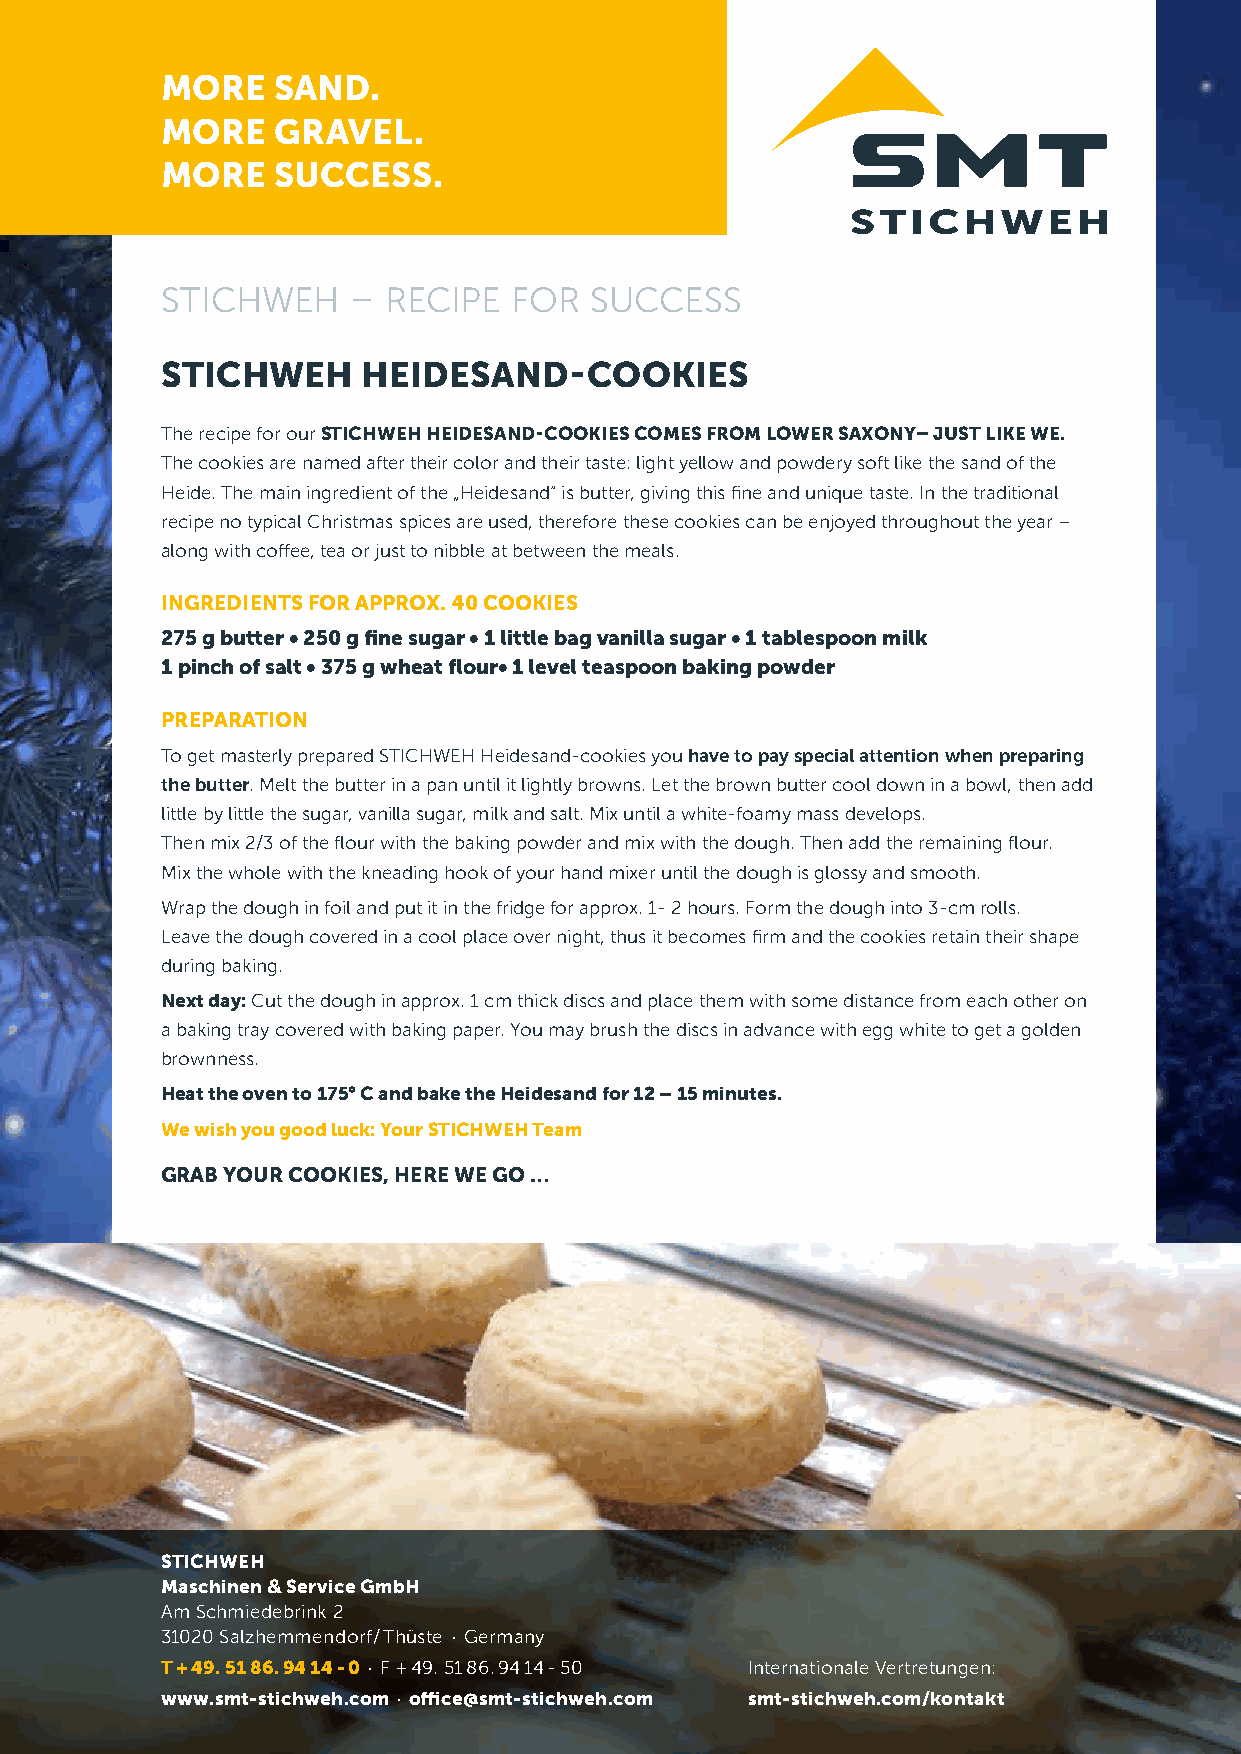
MORE   SAND.
 MORE   GRAVEL.
 MORE   SUCCESS.
 STICHWEH    –  RECIPE  FOR  SUCCESS
 STICHWEH     HEIDESAND-COOKIES
 The recipe for our STICHWEH HEIDESAND-COOKIES COMES FROM LOWER SAXONY– JUST LIKE WE.
 The cookies are named after their color and their taste: light yellow and powdery soft like the sand of the
 Heide. The main ingredient of the „Heidesand“ is butter, giving this fine and unique taste. In the traditional
 recipe no typical Christmas spices are used, therefore these cookies can be enjoyed throughout the year –
 along with coffee, tea or just to nibble at between the meals.
 INGREDIENTS FOR APPROX. 40 COOKIES
 275 g butter • 250 g fine sugar • 1 little bag vanilla sugar • 1 tablespoon milk
 1 pinch of salt • 375 g wheat flour• 1 level teaspoon baking powder
 PREPARATION
 To get masterly prepared STICHWEH Heidesand-cookies you have to pay special attention when preparing
 the butter. Melt the butter in a pan until it lightly browns. Let the brown butter cool down in a bowl, then add
 little by little the sugar, vanilla sugar, milk and salt. Mix until a white-foamy mass develops.
 Then mix 2/3 of the flour with the baking powder and mix with the dough. Then add the remaining flour.
 Mix the whole with the kneading hook of your hand mixer until the dough is glossy and smooth.
 Wrap the dough in foil and put it in the fridge for approx. 1- 2 hours. Form the dough into 3-cm rolls.
 Leave the dough covered in a cool place over night, thus it becomes firm and the cookies retain their shape
 during baking.
 Next day: Cut the dough in approx. 1 cm thick discs and place them with some distance from each other on
 a baking tray covered with baking paper. You may brush the discs in advance with egg white to get a golden
 brownness.
 Heat the oven to 175 ° C and bake the Heidesand for 12 – 15 minutes.
 We wish you good luck: Your STICHWEH Team
 GRAB YOUR COOKIES, HERE WE GO …
 STICHWEH
 Maschinen & Service GmbH
 Am Schmiedebrink 2
 31020 Salzhemmendorf / Thüste · Germany
 T + 49. 51 86. 94 14 - 0 · F + 49. 51 86. 94 14 - 50 Internationale Vertretungen:
 www.smt-stichweh.com · office@smt-stichweh.com smt-stichweh.com/kontakt